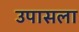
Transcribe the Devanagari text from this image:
उपासला